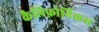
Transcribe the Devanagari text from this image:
कैलिफ़ोर्निकस